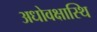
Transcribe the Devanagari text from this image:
अधोवक्षास्थि